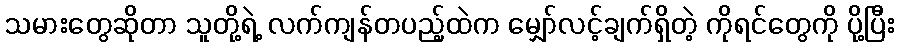
သမားတွေဆိုတာ သူတို့ရဲ့ လက်ကျန်တပည့်ထဲက မျှော်လင့်ချက်ရှိတဲ့ ကိုရင်တွေကို ပို့ပြီး